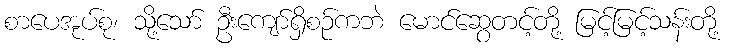
စာပေအုပ်စု၊ သို့သော် ဦးကျော်ရှိစဉ်ကဘဲ မောင်ဆွေတင့်တို့ မြင့်မြင့်သန်းတို့